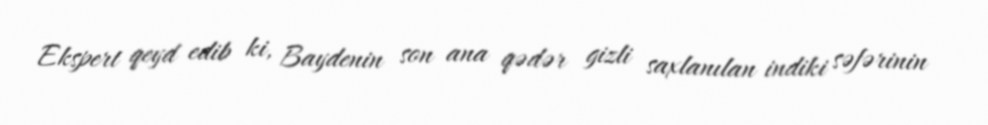
Ekspert qeyd edib ki, Baydenin son ana qədər gizli saxlanılan indiki səfərinin